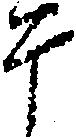
于